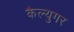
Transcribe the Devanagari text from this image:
कैल्युगर